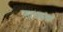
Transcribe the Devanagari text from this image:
साच्छात